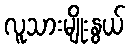
လူသားမျိုးနွယ်